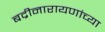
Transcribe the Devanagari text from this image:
बद्रीनारायणांच्या